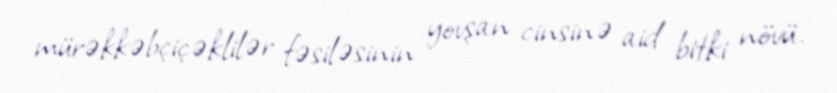
mürəkkəbçiçəklilər fəsiləsinin yovşan cinsinə aid bitki növü.